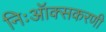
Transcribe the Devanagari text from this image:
निःऑक्सकरणी